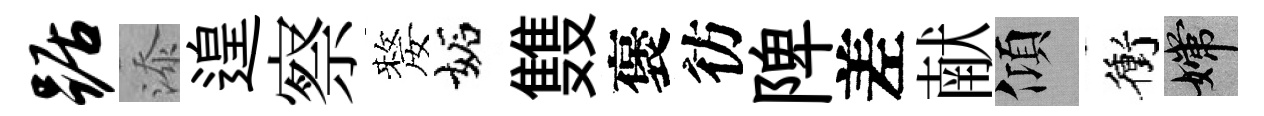
踞添遑察嫠妬䨇褒彷陴差献傾衝嫦